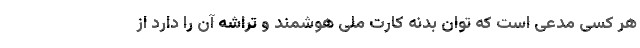
هر کسی مدعی است که توان بدنه کارت ملی هوشمند و تراشه آن را دارد از